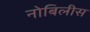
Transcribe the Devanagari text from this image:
नोबिलीस